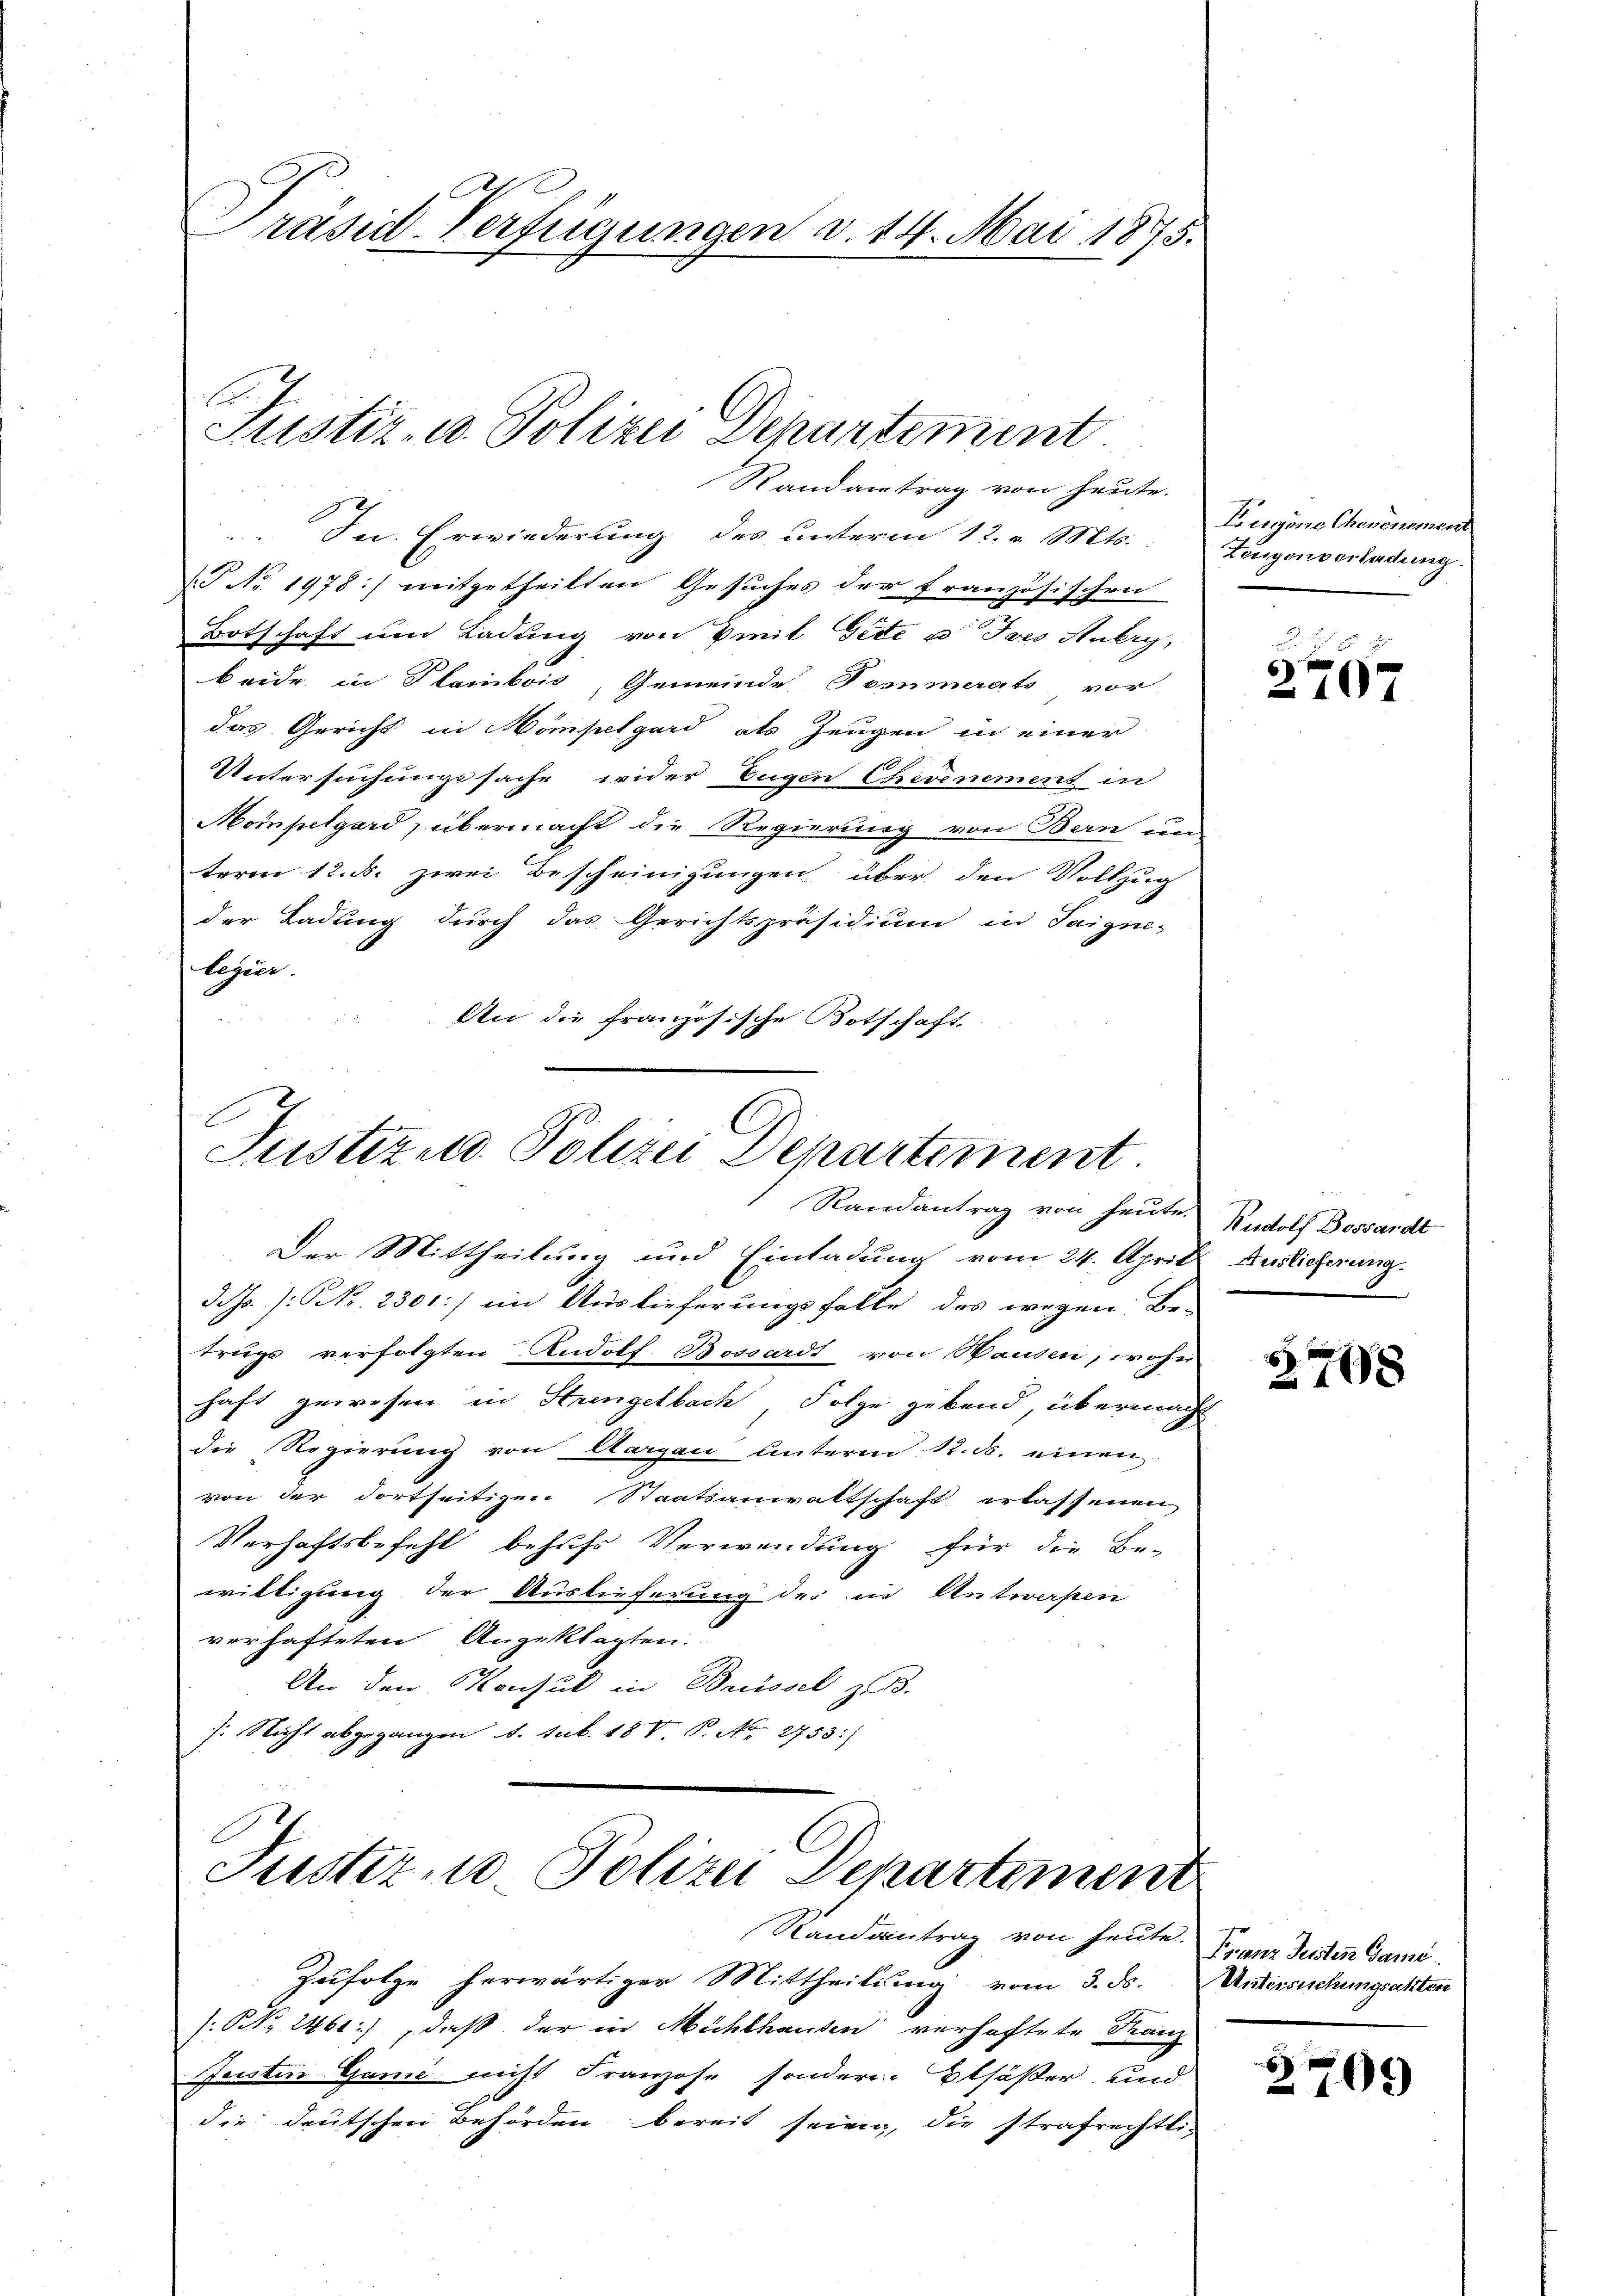
räsid. Verfügungen v. 14. Mai 1875.

E
Justiz- u. Polizei Departement
Randantrag von heute.

In Erwiederung des unterm 12. v. Mts.
P No. 1978) mitgetheilten Gesuches der französischen
Botschaft und Ladung von Breit Gete u. Joso Aubry,
beide in Plambois, Gemeinde Pommerats vor
das Gericht in Konsulgard als Zeugen in einer
Untersuchungssache wider Eugen Chevenement in
Mompelgard, übermacht die Regierung von Bern
term 12. ds. zwei Bescheinigungen über den Vollzug
der Ladung durch das Gerichtspräsidium in Saigne-
legier
An die französische Botschaft

E
Justizend. Polizei Departement.
Randantrag von heute. Rudolf Bossardt

Der Mittheilung und Einladung vom 24. April Auslicherung.
3J. /: NNo. 2301:) im Auslieferungsfalle des wegen Be-
trugs verfolgten Rudolf Bossardt von Wanden, wohn
haft gewesen in Hingelbach Folge gebend, übermacht
die Regierung von Aargau unterm 12. ds. einen
von der dortseitigen Staatsanwaltschaft erlassenen
Verhaftsbefehl behufs Verwendung für die Be-
willigung der Auslieferung des in Antwesen
verhafteten Angeklagten.
An den Konsul in Brüssel z. B.
). Nicht abgegangen d. sub. 187 P. No. 2753.)

Justiz- u Polizei Departement
Randantrag von heute.

Zufolge herwärtiger Mittheilung vom 3. ds.
(NNr. 2461:) daß der in Mühlhausen verhaftete Franz
Justin Ganić nicht Franzose sondern Etsößer und
die deutschen Behörden bereit seien, die strafrechtli-

Zuging Chovenement
Zeugenverladung.

17 x
2707

2748

Franz Jesten Game.
Untersuchungsakten

2709